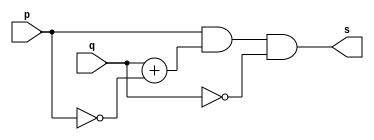
// -------------------------
// Exercicio07 - XNOR
// Nome: Fbio Fiuza Pereira
// -------------------------
// -------------------------
// -- xnor gate
// -------------------------
module norgate ( output s,
input p, q);
//assign s = (p*q+p'*q');
assign s = (p&q+~p&~q);
endmodule // xnorgate
// ---------------------
// -- test or gate
// ---------------------
module testxnorgate;
// ------------------------- dados locais
reg a, b; // definir registradores
wire s; // definir conexao (fio)
// ------------------------- instancia
//orgate XNOR1 (s, a, b);
norgate XNOR1 (s, a, b);
// ------------------------- preparacao
initial begin:start
// atribuicao simultanea
// dos valores iniciais
a=0; b=0;
end
// ------------------------- parte principal
initial begin
$display("Exemplo04 - Fbio Fiuza Pereira - 406087");
$display("Test XNOR gate");
$display("\na & b = s\n");
a=0; b=0;
#1 $display("%b & %b, = %b", a, b, s);
a=0; b=1;
#1 $display("%b & %b = %b", a, b, s);
a=1; b=0;
#1 $display("%b & %b = %b", a, b, s);
a=1; b=1;
#1 $display("%b & %b = %b", a, b, s);
end
endmodule // testnorgate